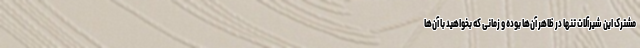
مشترک این شیرآلات تنها در ظاهر آن‌ها بوده و زمانی که بخواهید با آن‌ها